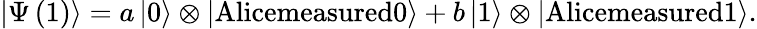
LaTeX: \left|\Psi\left(1\right)\right\rangle=a\left|0\right\rangle\otimes\left|\textrm{Alicemeasured0}\right\rangle+b\left|1\right\rangle\otimes\left|\textrm{Alicemeasured1}\right\rangle.